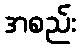
အစည်း